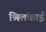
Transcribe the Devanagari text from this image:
श्रिलंकाई